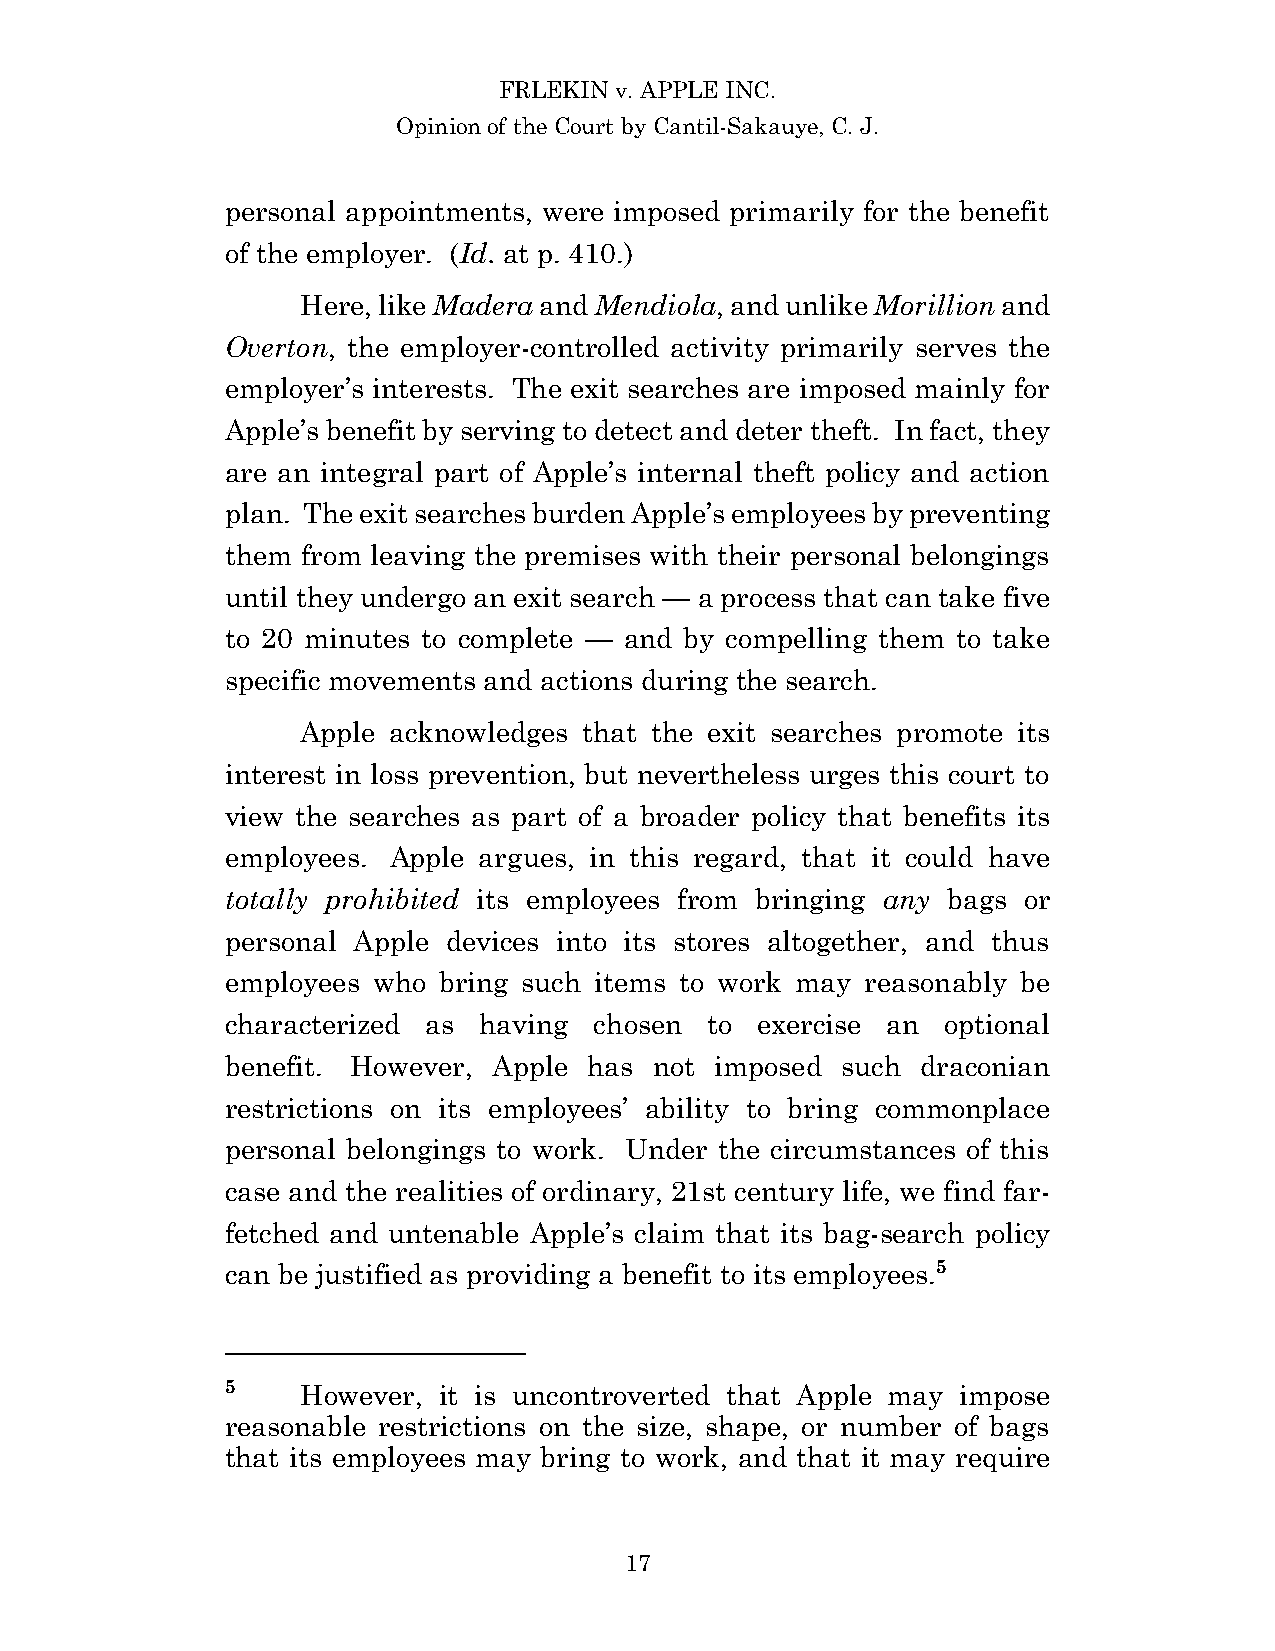
FRLEKIN v. APPLE INC.
 Opinion of the Court by Cantil-Sakauye, C. J.
 personal appointments, were imposed primarily for the benefit
 of the employer. (Id. at p. 410.)
 Here, like Madera and Mendiola, and unlike Morillion and
 Overton, the employer-controlled activity primarily serves the
 employer’s interests. The exit searches are imposed mainly for
 Apple’s benefit by serving to detect and deter theft. In fact, they
 are an integral part of Apple’s internal theft policy and action
 plan. The exit searches burden Apple’s employees by preventing
 them from leaving the premises with their personal belongings
 until they undergo an exit search — a process that can take five
 to 20 minutes to complete — and by compelling them to take
 specific movements and actions during the search.
 Apple acknowledges that the exit searches promote its
 interest in loss prevention, but nevertheless urges this court to
 view the searches as part of a broader policy that benefits its
 employees. Apple argues, in this regard, that it could have
 totally prohibited its employees from bringing any bags or
 personal Apple devices into its stores altogether, and thus
 employees who bring such items to work may reasonably be
 characterized as having chosen  to exercise an optional
 benefit. However, Apple has not imposed  such draconian
 restrictions on its employees’ ability to bring commonplace
 personal belongings to work. Under the circumstances of this
 case and the realities of ordinary, 21st century life, we find far-
 fetched and untenable Apple’s claim that its bag-search policy
 can be justified as providing a benefit to its employees.5
 5    However, it is uncontroverted that Apple may impose
 reasonable restrictions on the size, shape, or number of bags
 that its employees may bring to work, and that it may require
 17